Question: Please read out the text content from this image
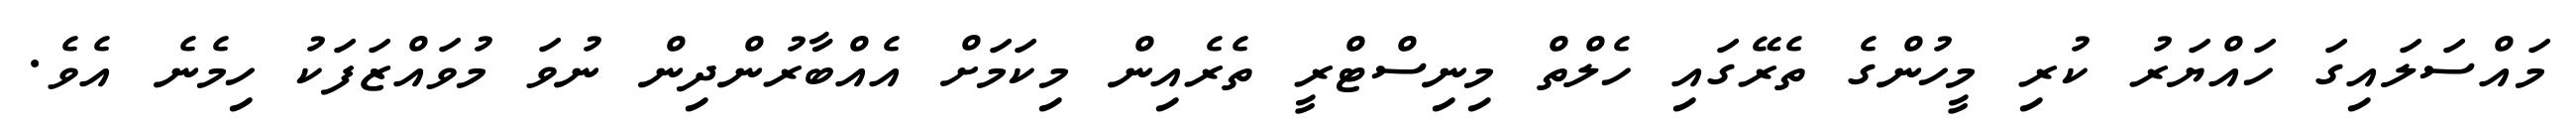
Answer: މައްސަލައިގަ ހައްޔަރު ކުރި މީހުންގެ ތެރޭގައި ހެލްތް މިނިސްޓްރީ ތެރެއިން މިކަމަށް އެއްބާރުންދިން ނުވަ މުވައްޒަފަކު ހިމެނެ އެވެ.